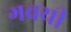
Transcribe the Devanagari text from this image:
गवयी